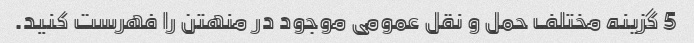
5 گزینه مختلف حمل و نقل عمومی موجود در منهتن را فهرست کنید.